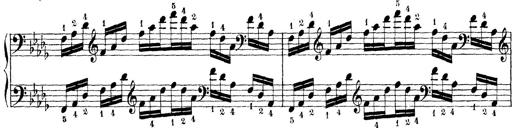
Title: Technische Studien
Composer: Franz Liszt